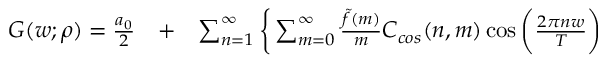
\begin{array} { r l r } { G ( w ; \rho ) = \frac { a _ { 0 } } { 2 } } & { { } + } & { \sum _ { n = 1 } ^ { \infty } \bigg \{ \sum _ { m = 0 } ^ { \infty } \frac { \tilde { f } ( m ) } { m } C _ { c o s } ( n , m ) \cos { \bigg ( \frac { 2 \pi n w } { T } \bigg ) } } \end{array}